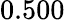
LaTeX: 0.500